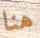
هنا